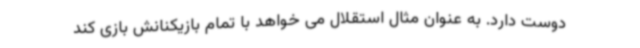
دوست دارد. به عنوان مثال استقلال می خواهد با تمام بازیکنانش بازی کند